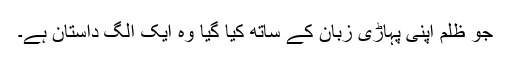
جو ظلم اپنی پہاڑی زبان کے ساتھ کیا گیا وہ ایک الگ داستان ہے۔